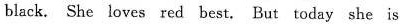
and black. She loves red best. But today she is